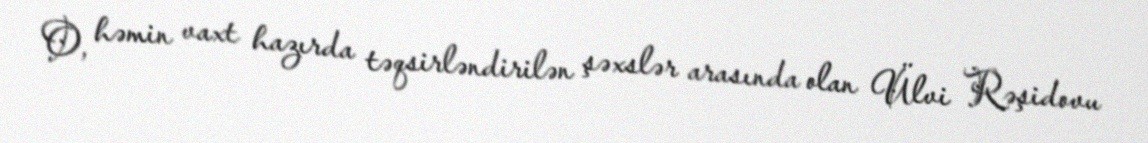
O, həmin vaxt hazırda təqsirləndirilən şəxslər arasında olan Ülvi Rəşidovu